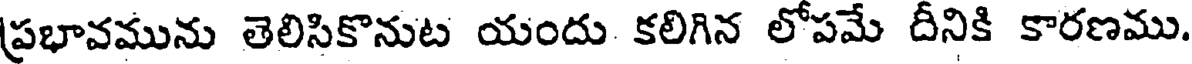
ప్రభావమును తెలిసికొనుట యందు కలిగిన లోపమే దీనికి కారణము